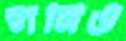
গনিও